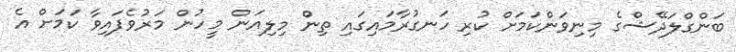
ބަންގްލަދޭޝްގެ މިނިވަންކަމަށް ކުރި ހަނގުރާމައިގައި ތިން މިލިއަން މީހުން މަރުވެފައިވާ ކަމަށް އެ